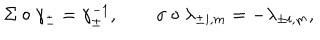
LaTeX: \Sigma \circ \gamma _ { \pm } = \gamma _ { \pm } ^ { - 1 } , \qquad \sigma \circ \lambda _ { \pm i , m } = - \lambda _ { \pm i , m } ,